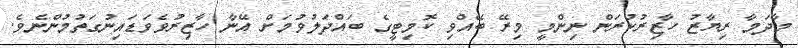
މާދަމާ ރިޔާޒު ހާޒިރުކުރަން ނިންމީ މިރޭ ބޭއްވި ކޮމިޓީގެ ބައްދަލުވުމަށް އޭނާ ހާޒިރުވެވަޑައިނުގަތުމުންނެވެ.